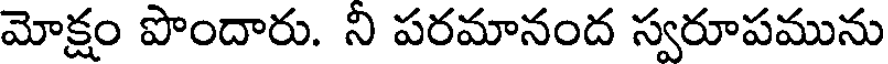
మోక్షం పొందారు. ని పరమానంద స్వరూపమును